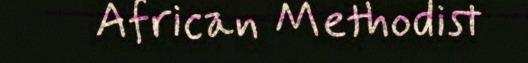
African Methodist